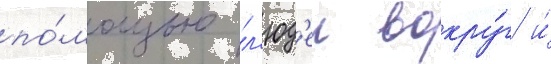
по́мощью л'юд'еи вокру́г и́